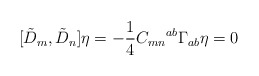
\begin{align*}[{\tilde D}_{m}, {\tilde D}_{n}] \eta= -\frac{1}{4}C_{mn}{}^{ab}\Gamma_{ab}\eta=0\end{align*}